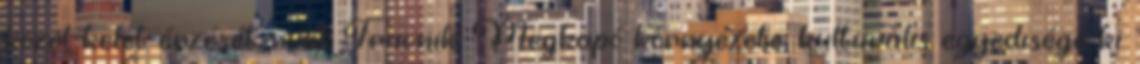
közel-kelet érzését, mint Travnik. Megkapó környezete, kulturális egyedisége ki.